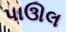
પાઊલ